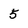
Character: 5